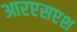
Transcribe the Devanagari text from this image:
आरएसएश